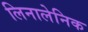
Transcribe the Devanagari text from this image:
लिनालेनिक